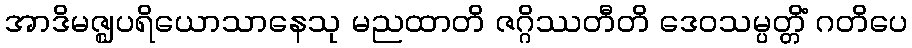
အာဒိမဇ္ဈပရိယောသာနေသု မညထာတိ ဇဂ္ဂိဿတီတိ ဒေဝသမ္ပတ္တိံ ဂတိပေ